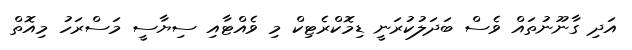
އަދި ގާނޫނުތައް ވެސް ބަދަލުކުރަނީ ޑިމޮކްރެޓިކް މި ވެއްޓާއި ސިޔާސީ މަސްރަހު މިއޮތް